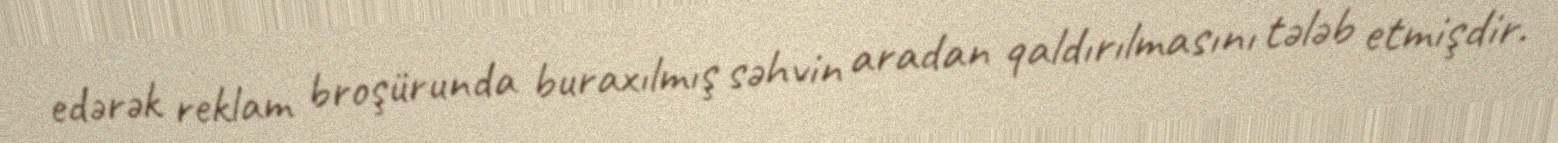
edərək reklam broşürunda buraxılmış səhvin aradan qaldırılmasını tələb etmişdir.